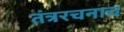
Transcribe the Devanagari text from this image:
तंत्ररचनाच